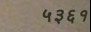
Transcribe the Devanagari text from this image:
५३६१